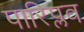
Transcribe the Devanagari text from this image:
पारिप्लव